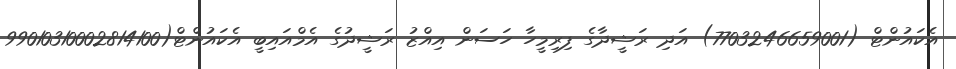
އެކައުންޓް (7703246659001) އަދި ރަޝީދާގެ ފިރިމީހާ ހަސަން އިއްޒު ރަޝީދުގެ އެމްއައިބީ އެކައުންޓް(99010310002814100